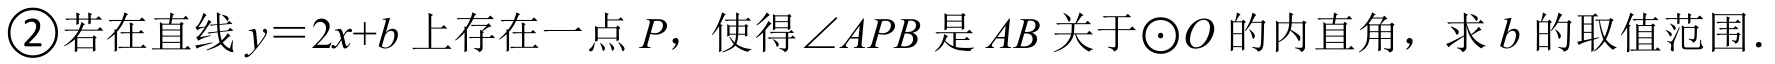
\textcircled{2}若在直线\(y = 2x + b\)上存在一点\(P\)，使得\(\angle APB\)是\(AB\)关于\(\odot O\)的内直角，求\(b\)的取值范围.